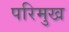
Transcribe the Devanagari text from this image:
परिमुख